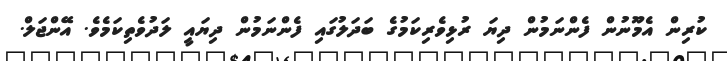
ކުރިން އެމޫނުން ފެންނަމުން ދިޔަ ރުޅިވެރިކަމުގެ ބަދަލުގައި ފެންނަމުން ދިޔައީ ލަދުވެތިކަމެވެ. އޭންޖަލް.